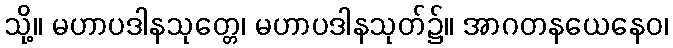
သို့။ မဟာပဒါနသုတ္တေ၊ မဟာပဒါနသုတ်၌။ အာဂတနယေနေဝ၊